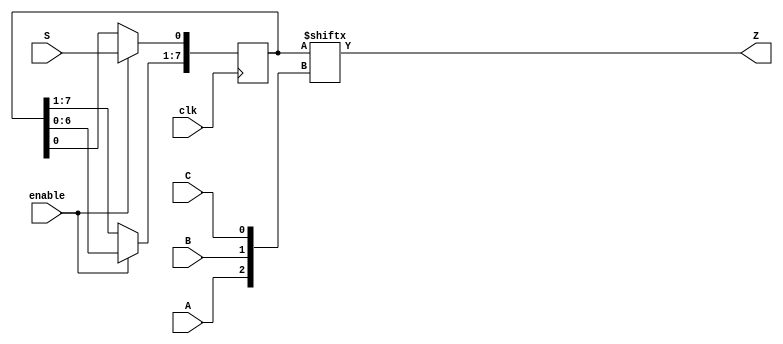
module top_module (
    input clk,
    input enable,
    input S,
    input A, B, C,
    output Z ); 
	
    reg[7:0] q;
    wire[2:0] address;
    assign address = {A, B, C};
    always@(posedge clk)begin
        if(enable)begin
            q[0] <= S;
            q[7:1] <= q[6:0];
        end
        else
            q <= q;
    end
    assign Z = q[address];
endmodule